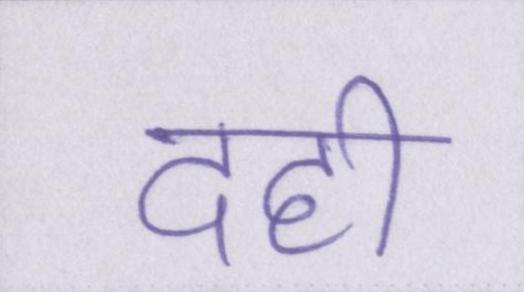
दही